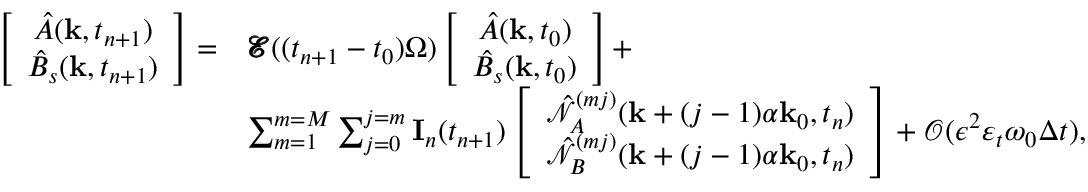
\begin{array} { r l } { \left[ \begin{array} { c } { { \hat { A } } ( \mathbf { k } , t _ { n + 1 } ) } \\ { { \hat { B } } _ { s } ( \mathbf { k } , t _ { n + 1 } ) } \end{array} \right] = } & { \pmb { \mathcal { E } } ( ( t _ { n + 1 } - t _ { 0 } ) \Omega ) \left[ \begin{array} { c } { { \hat { A } } ( \mathbf { k } , t _ { 0 } ) } \\ { { \hat { B } } _ { s } ( \mathbf { k } , t _ { 0 } ) } \end{array} \right] + } \\ & { \sum _ { m = 1 } ^ { m = M } \sum _ { j = 0 } ^ { j = m } \mathbf { I } _ { n } ( t _ { n + 1 } ) \left[ \begin{array} { c } { \hat { \mathcal { N } } _ { A } ^ { ( m j ) } ( \mathbf { k } + ( j - 1 ) \alpha \mathbf { k } _ { 0 } , t _ { n } ) } \\ { \hat { \mathcal { N } } _ { B } ^ { ( m j ) } ( \mathbf { k } + ( j - 1 ) \alpha \mathbf { k } _ { 0 } , t _ { n } ) } \end{array} \right] + \mathcal { O } ( \epsilon ^ { 2 } \varepsilon _ { t } \omega _ { 0 } \Delta t ) , } \end{array}